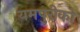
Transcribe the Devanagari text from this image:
यमपुरीको